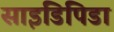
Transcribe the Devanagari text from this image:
साइडिपिडा